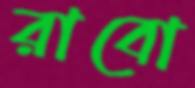
রাবো